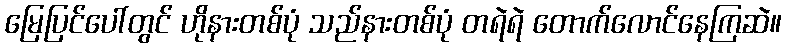
မြေပြင်ပေါ်တွင် ဟိုနားတစ်ပုံ သည်နားတစ်ပုံ တရဲရဲ တောက်လောင်နေကြဆဲ။